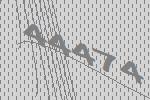
44474